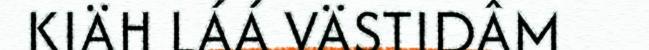
KIÄH LÁÁ VÄSTIDÂM